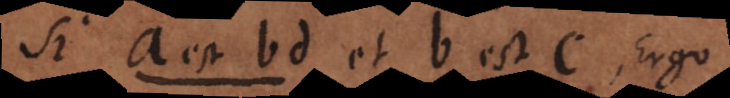
Si a est bd et b est c, Ergo